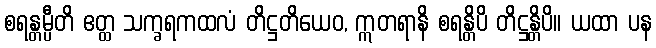
စရန္တမ္ပီတိ ဧတ္ထ သက္ခရကထလံ တိဋ္ဌတိယေဝ, ဣတရာနိ စရန္တိပိ တိဋ္ဌန္တိပိ။ ယထာ ပန